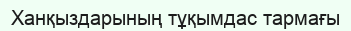
Ханқыздарының тұқымдас тармағы